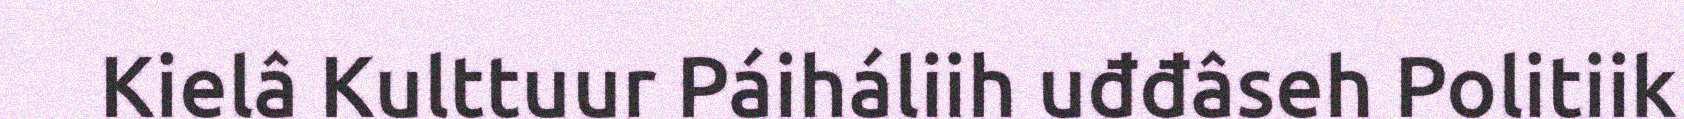
Kielâ Kulttuur Páiháliih uđđâseh Politiik